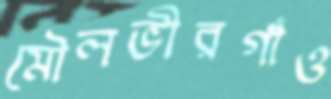
মৌলভীরগাঁও